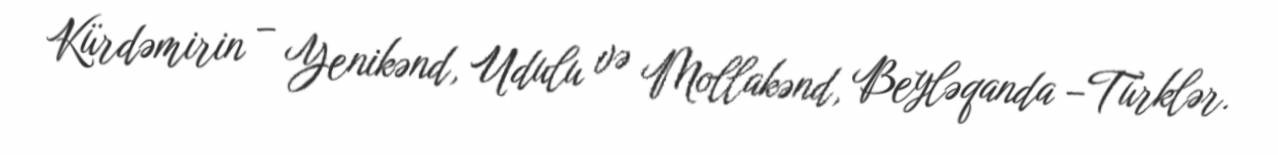
Kürdəmirin – Yenikənd, Udulu və Mollakənd, Beyləqanda –Türklər.